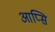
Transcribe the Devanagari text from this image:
आप्सि